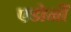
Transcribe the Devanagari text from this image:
एडोर्नों